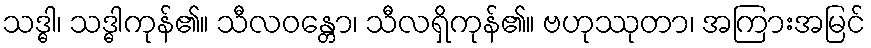
သဒ္ဓါ၊ သဒ္ဓါကုန်၏။ သီလဝန္တော၊ သီလရှိကုန်၏။ ဗဟုဿုတာ၊ အကြားအမြင်